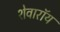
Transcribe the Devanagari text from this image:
शेवारॉय